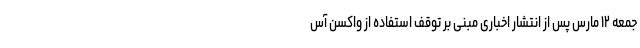
جمعه ۱۲ مارس پس از انتشار اخباری مبنی بر توقف استفاده از واکسن آس